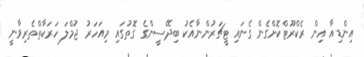
އިންޑިއާ އިން ރެކްރޫޓްކޮށްގެން ގެނައި ޓީޗަރުންނާއެކު ބިދޭސީންގެ ގޮތުގައި މިއަހަރު ޖުމްލަ ހަރަކާތްތެރިވާނީ